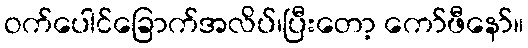
ဝက်ပေါင်ခြောက်အလိပ်၊ပြီးတော့ ကော်ဖီနော်။